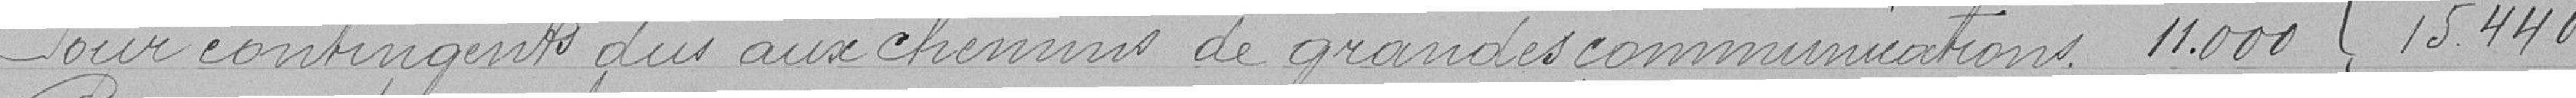
Pour contingents dus aux chemins de grandes communications 11.000       15.440